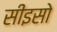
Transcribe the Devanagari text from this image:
सीइसो